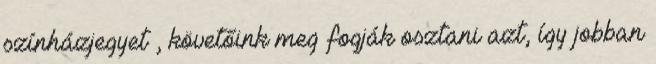
színházjegyet , követőink meg fogják osztani azt, így jobban